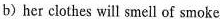
b) her clothes will smell of smoke